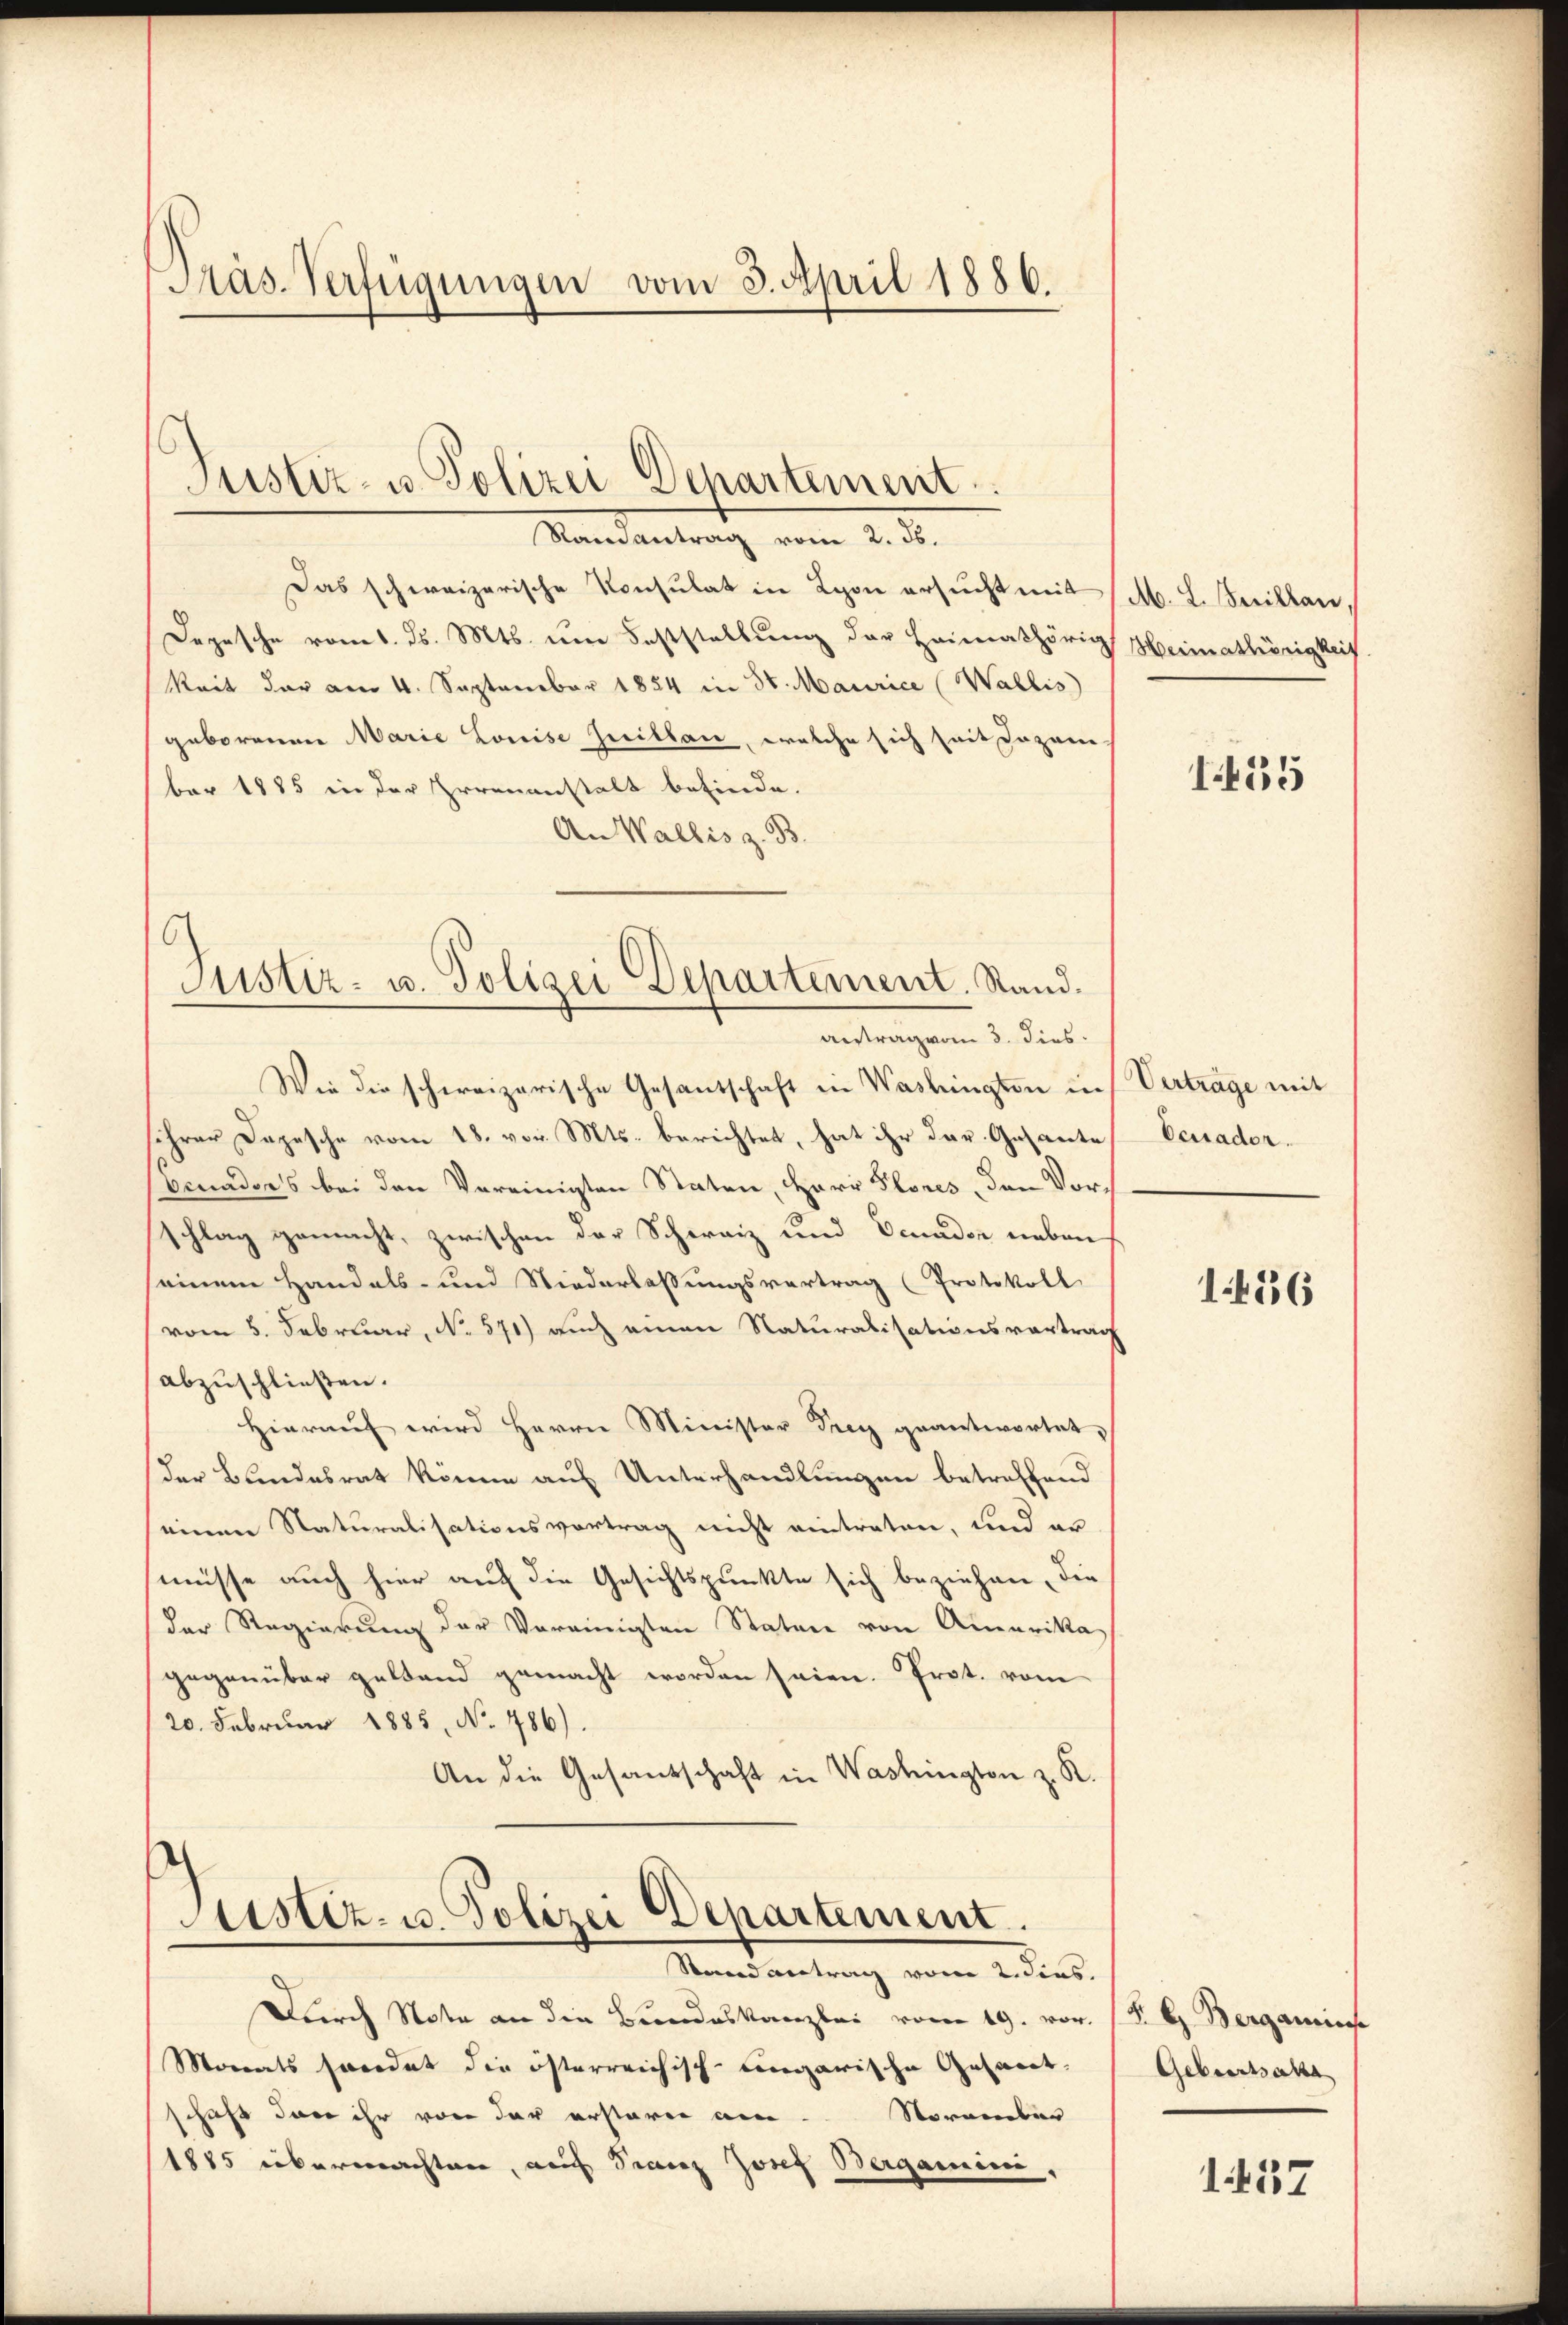
Pas-Verfügungen vom 3. April 1886.

Das schweizerische Konsulat in Lyon ersucht mit (M. L. Juillan,
Depesche vom 1. ds. Mts. um Feststellung der Heimathörig Heimathörigkeit.
keit der am 4. September 1884 in 30. Maurice (Wallis
geborenen Marie Louise Juillan, welche sich seit Johan
ber 1885 in der Irrenanstalt befinde.
An Wallis z. B.

Justiz- u. Polizei Departement.
Ramantrag vom 2. ds.

Justiz- u. Polizei Departement. Rand.
antrag vom 3. dies

Wie die schereizerische Gesandschaft in Washingten in
sihrer Depesche vom 18. vor. Mts. berichtet, hat ihr dar. Gesante
Benaders bei den Vereinigten Staten, Herr Flores, den Vorschlag gemacht, zwischen der Schwaiz und Ocuader neben
seinem Handels- und Niederlaßungsvertrag (Protokoll
(vom 5. Februar, No. 571) auch einen Naturalisationsvortrag
abzuschließen.
Hierauf wird Herrn Minister drey geantwortet,
der Bundesrat könne auf Unterhandlungen betreffend
einen Naturalisationsvortrag nicht eintraten, und an
müsse auch hier auf die Gesichtspunkte sich beziehen, die
der Regierung der Vereinigten Staten von Amerikagegenüber gestand gemacht worden seien. Prot. vom
20. Februar 1885, No. 486).
An die Gesandschaft in Washington z. R.

Justiz- u. Polizei Departement
Stand antrag vom 2. Fins

Durch Note an die Bundeskanzlei vom 19. vor. P. G. Berganis
Monats sandt die österreichisch-ungarische Gesandt,
November
schaft dan ihr von der erstorii an¬
1885 übermachten, auch Franz Josef Berganini,

I55

Verträge mit
Ceuader.

14556

Geburtsakte

1437